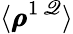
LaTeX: \langle\pmb{\rho}^{1\, \mathscr{Q}}\rangle